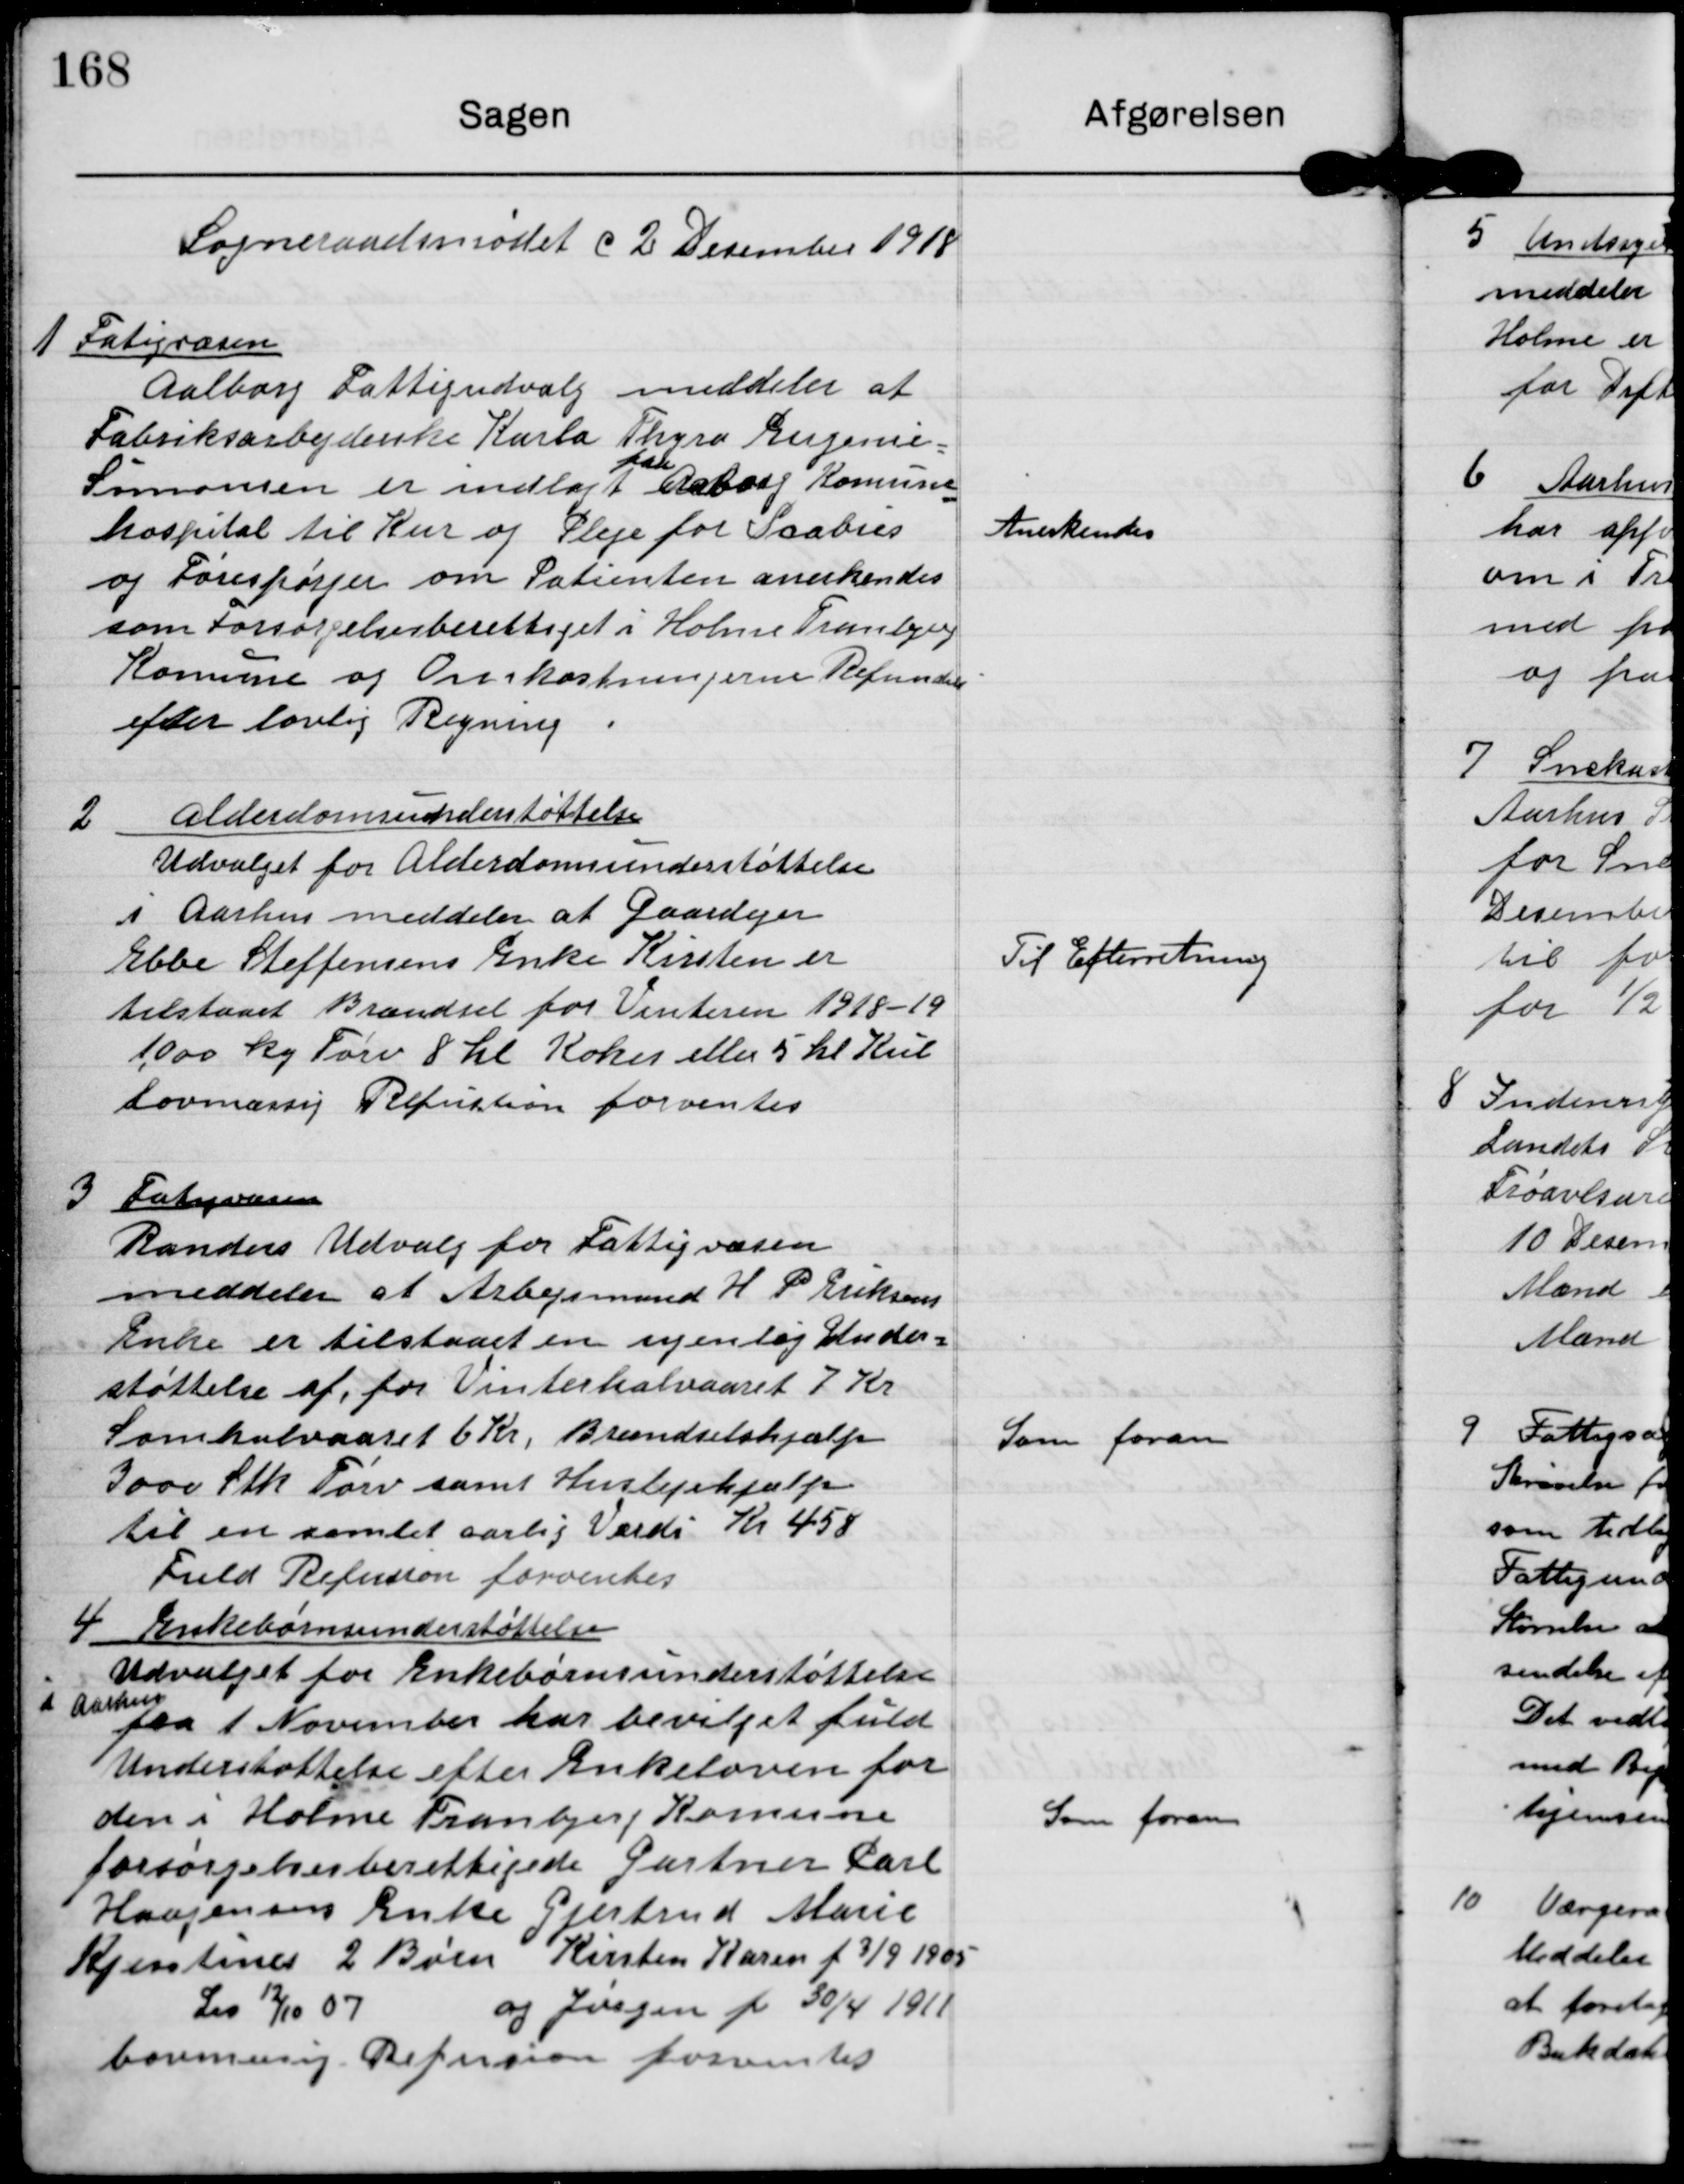
Transskription:
Sogneraadsmødet d 2 December 1918

1 Fatigvæsen
Aalborg Fattigudvalg meddeler at
Fabriksarbejderske Karla Thyra Eugenie
paa
Simonsen er indlagt Aalborg Kommune-
hospital til Kur og Pleje for Scabies
og Forespørger om Patienten anerkendes
som forsørgelsesberettiget i Holme Tranbjerg
Kommune og Omkostningerne Refunderes
efter lovlig Regning

Anerkendes

2 Alderdomsunderstøttelse
Udvalget for Alderdomsunderstøttelse
i Aarhus meddeler at Gaardejer
Ebbe Steffensens Enke Kirsten er
tilstaaet Brændsel for Vinteren 1918-19
1000 kg Tørv 8 hl Kokes eller 5 hl Kul
lovmæssig Refustion forventes

Til Efterretning

3 Fatigvæsen
Randers Udvalg for Fattigvæsen
meddeler at Arbejdsmand H P Eriksens
Enke er tilstaaet en ugentlig Under-
støttelse af for Vinterhalvaaret 7 Kr
Somhalvaaret 6 Kr, Brændselshjælp
3000 Stk Tørv samt Huslejehjælp
til en samlet aarlig Værdi Kr 458
Fuld Refusion forventes.

Som foran

4 Enkebørnsunderstøttelse
Udvalget for Enkebørnsunderstøttelse
i Aarhus
fra 1. November har bevilget fuld
Understøttelse efter enkeloven for
den i Holme Tranbjerg Kommune
forsørgelsesberettigede Gartner Carl
Haagensens Enke Gjertrud Marie
Kjerstines 2 Børn Kirsten Karen f 3/9 1905
Lis 12/10 07
og Jørgen f 30/4 1911
lovmæssig Refusion forventes

Som foran